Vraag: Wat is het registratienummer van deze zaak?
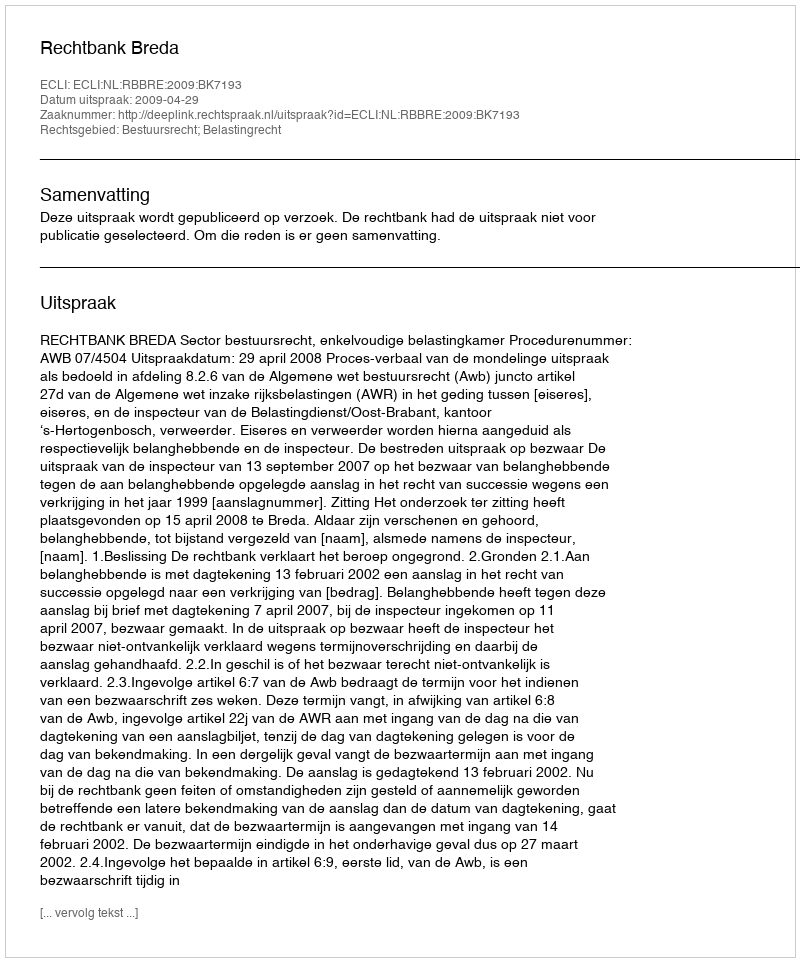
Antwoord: http://deeplink.rechtspraak.nl/uitspraak?id=ECLI:NL:RBBRE:2009:BK7193